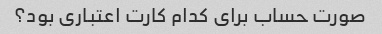
صورت حساب برای کدام کارت اعتباری بود؟